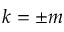
k = \pm m